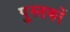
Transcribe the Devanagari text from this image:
पु्स्तकों